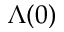
\Lambda ( 0 )